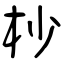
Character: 杪